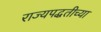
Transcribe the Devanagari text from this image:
राज्यपद्धतीच्या